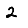
Digit: 2